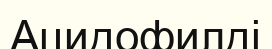
Ацидофилді